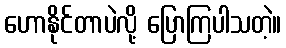
ဟောနိုင်တာပဲလို့ ပြောကြပါသတဲ့။